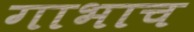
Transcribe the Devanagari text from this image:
गाभाच